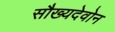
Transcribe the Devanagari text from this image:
सौख्यदेवोन